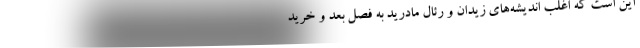
این است که اغلب اندیشه‌های زیدان و رئال مادرید به فصل بعد و خرید